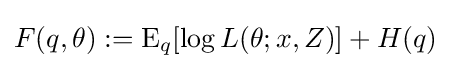
F(q,\theta ):=\operatorname {E} _{q}[\log L(\theta ;x,Z)]+H(q)